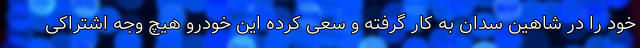
خود را در شاهین سدان به کار گرفته و سعی کرده این خودرو هیچ وجه اشتراکی